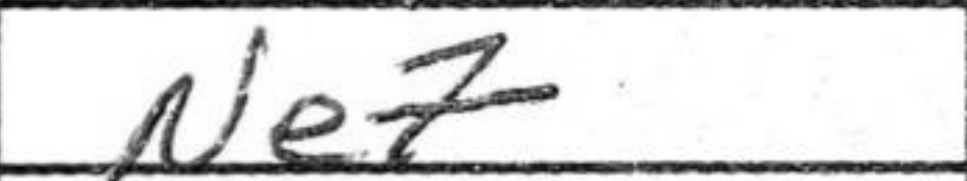
Transcription: Ne7